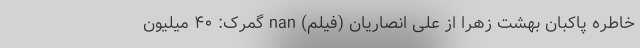
خاطره پاکبان بهشت زهرا از علی انصاریان (فیلم) nan گمرک: ۴۰ میلیون